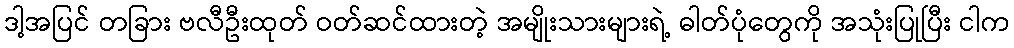
ဒါ့အပြင် တခြား ဗလီဦးထုတ် ဝတ်ဆင်ထားတဲ့ အမျိုးသားများရဲ့ ဓါတ်ပုံတွေကို အသုံးပြုပြီး ငါက